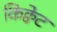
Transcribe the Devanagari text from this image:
किक्वेट